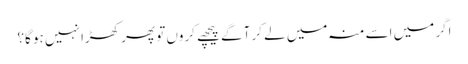
اگر میں اسے منہ میں لے کر آگے پیچھے کروں تو پھر کھڑا نہیں ہو گا؟